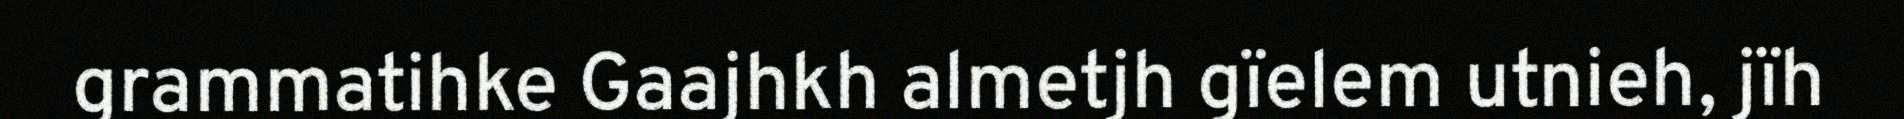
grammatihke Gaajhkh almetjh gïelem utnieh, jïh